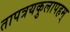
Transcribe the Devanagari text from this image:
तापत्रयकुलापहम्